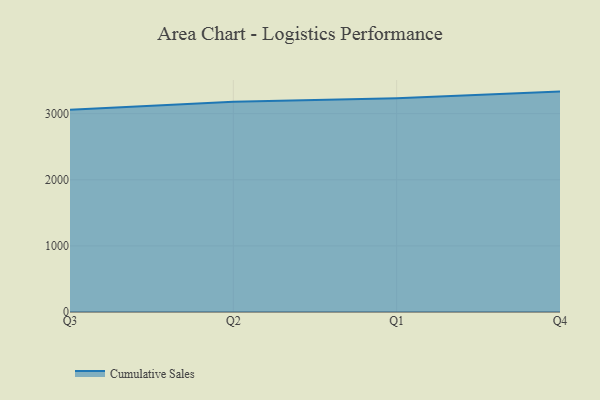
{"axis": {"x": "Quarter", "y": "Operating Costs (USD K)"}, "legend": ["Cumulative Sales"], "data": [{"x": "Q3", "y": 3058.8, "type": "Cumulative Sales"}, {"x": "Q2", "y": 3181.9, "type": "Cumulative Sales"}, {"x": "Q1", "y": 3234.5, "type": "Cumulative Sales"}, {"x": "Q4", "y": 3333.8, "type": "Cumulative Sales"}]}